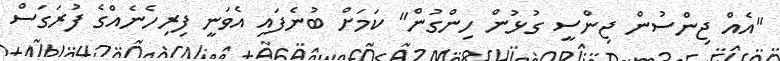
"އެއް ޖިންސުން ޖިންސީ ގުޅުން ހިންގުން" ކަމަށް ބުނެފައި އެވަނީ ފިރިހެނެއްގެ ފުރަގަސް